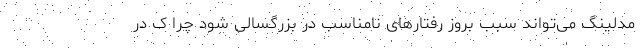
مدلینگ می‌تواند سبب بروز رفتارهای نامناسب در بزرگسالی شود چرا ک در